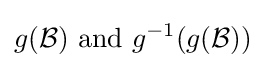
g({\mathcal {B}}){\text{ and }}g^{-1}(g({\mathcal {B}}))